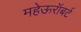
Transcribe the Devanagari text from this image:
महेऊरॉबर्ट